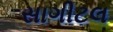
સાગીટલ